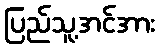
ပြည်သူ့အင်အား